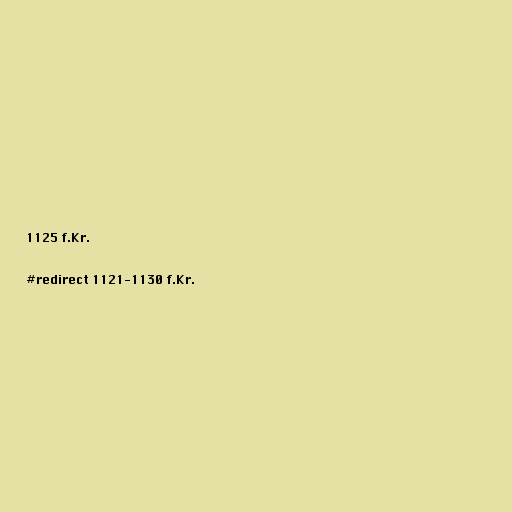
1125 f.Kr.

#redirect 1121-1130 f.Kr.